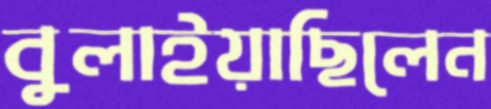
বুলাইয়াছিলেন